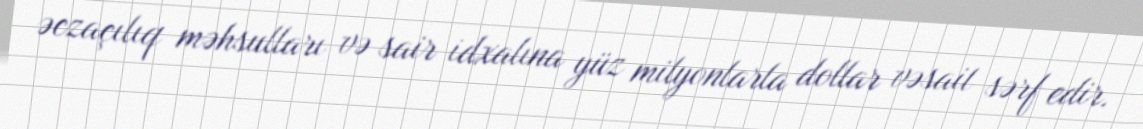
əczaçılıq məhsulları və sair idxalına yüz milyonlarla dollar vəsait sərf edir.